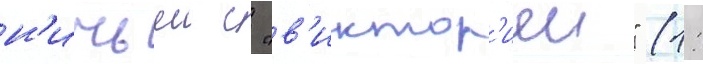
н'ичьеи с "в'иктор'иеи" (1: